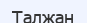
Талжан